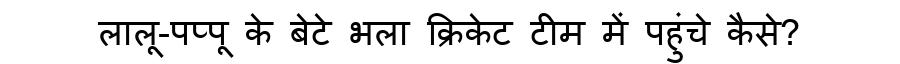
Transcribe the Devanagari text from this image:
लालू-पप्पू के बेटे भला क्रिकेट टीम में पहुंचे कैसे?